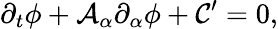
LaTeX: \partial_{t}\phi+\mathcal{A}_{\alpha}\partial_{\alpha}\phi+\mathcal{C}^{\prime}=0,